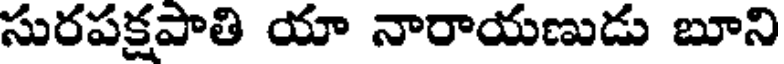
సురపక్షపాతి యా నారాయణుడు బూని